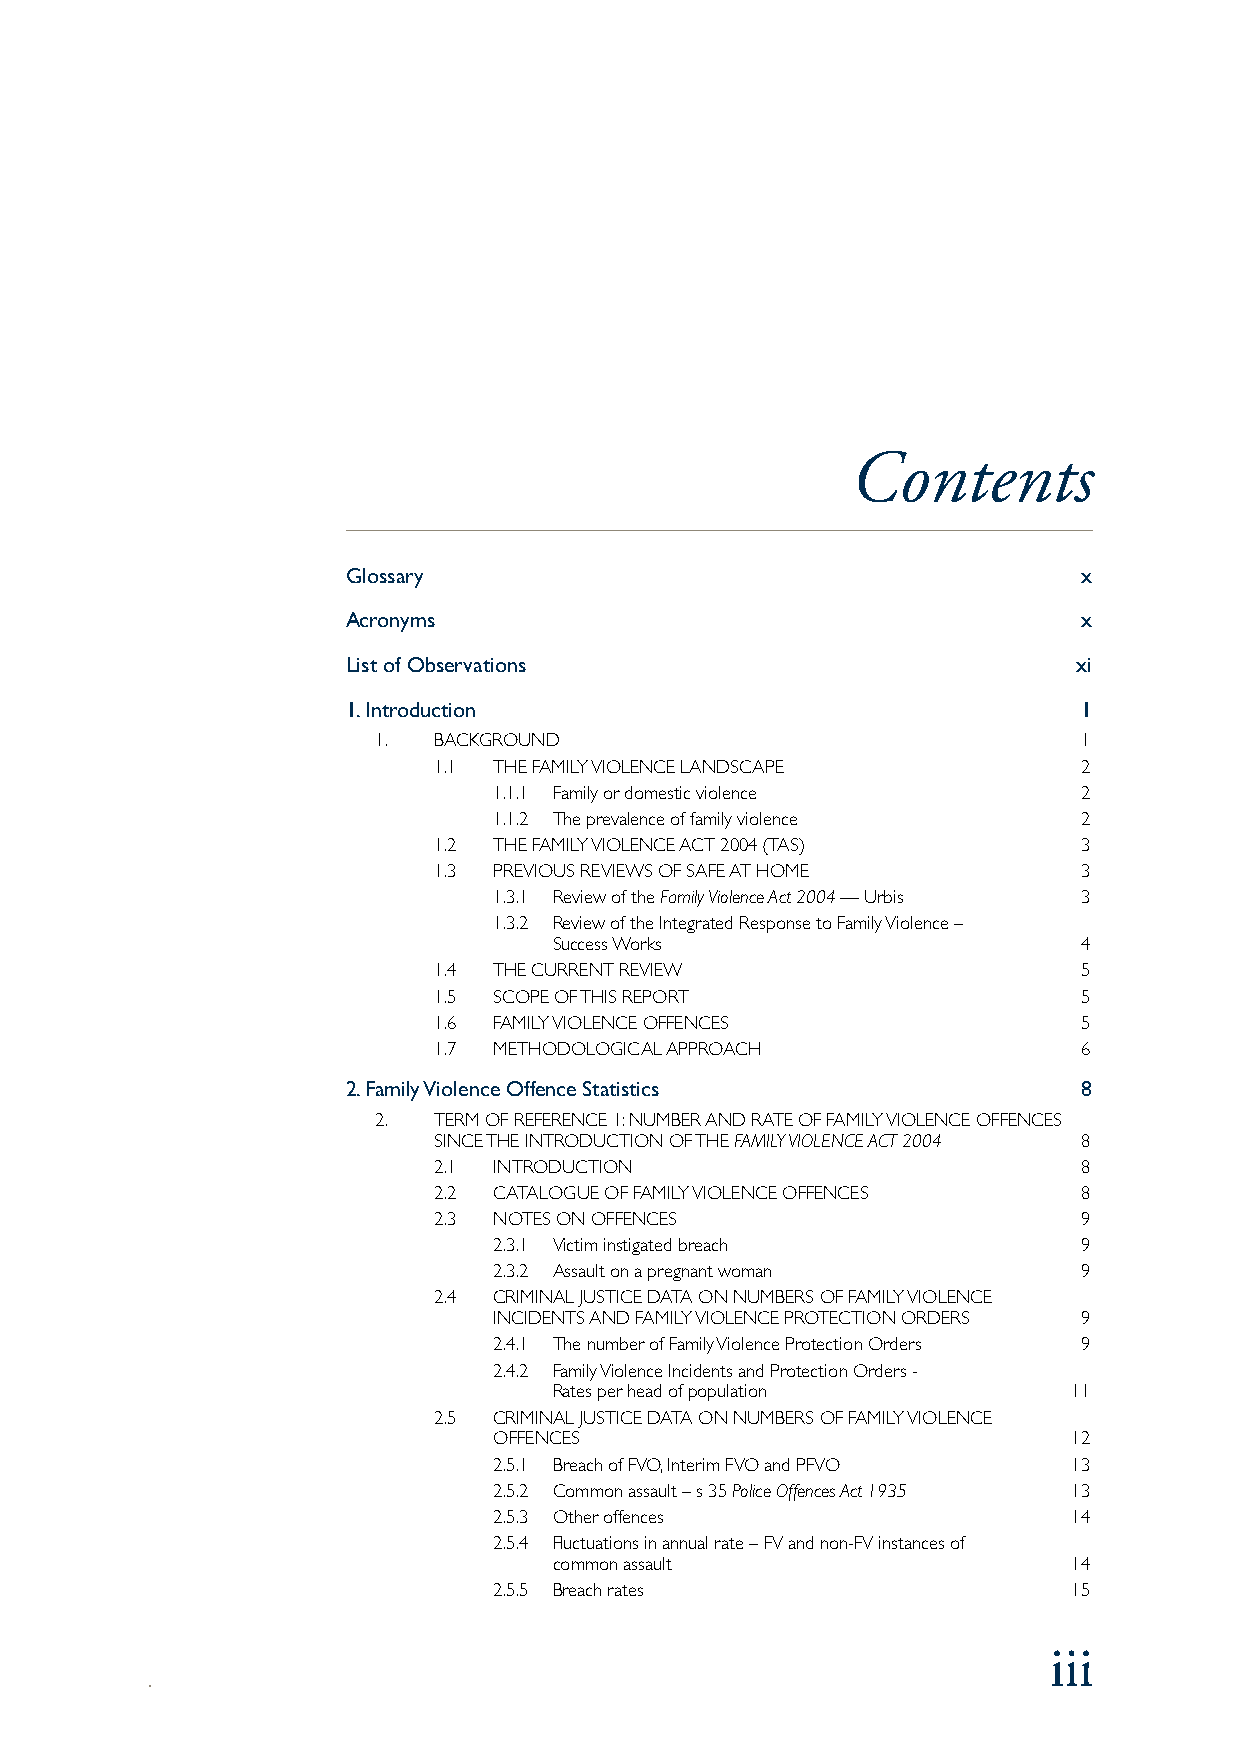
Contents
 Glossary                                         x
 Acronyms                                         x
 List of Observations                            xi
 1. Introduction                                  1
 1.  BACKGROUND                                1
 1.1 THE FAMILY VIOLENCE LANDSCAPE         2
 1.1.1 Family or domestic violence     2
 1.1.2 The prevalence of family violence 2
 1.2 THE FAMILY VIOLENCE ACT 2004 (TAS)    3
 1.3 PREVIOUS REVIEWS OF SAFE AT HOME      3
 1.3.1 Review of the Family Violence Act 2004 — Urbis 3
 1.3.2 Review of the Integrated Response to Family Violence –
 Success Works                     4
 1.4 THE CURRENT REVIEW                    5
 1.5 SCOPE OF THIS REPORT                  5
 1.6 FAMILY VIOLENCE OFFENCES              5
 1.7 METHODOLOGICAL APPROACH               6
 2. Family Violence Offence Statistics            8
 2.  TERM OF REFERENCE 1: NUMBER AND RATE OF FAMILY VIOLENCE OFFENCES
 SINCE THE INTRODUCTION OF THE FAMILY VIOLENCE ACT 2004 8
 2.1 INTRODUCTION                          8
 2.2 CATALOGUE OF FAMILY VIOLENCE OFFENCES 8
 2.3 NOTES ON OFFENCES                     9
 2.3.1 Victim instigated breach        9
 2.3.2 Assault on a pregnant woman     9
 2.4 CRIMINAL JUSTICE DATA ON NUMBERS OF FAMILY VIOLENCE
 INCIDENTS AND FAMILY VIOLENCE PROTECTION ORDERS 9
 2.4.1 The number of Family Violence Protection Orders 9
 2.4.2 Family Violence Incidents and Protection Orders -
 Rates per head of population      11
 2.5 CRIMINAL JUSTICE DATA ON NUMBERS OF FAMILY VIOLENCE
 OFFENCES                              12
 2.5.1 Breach of FVO, Interim FVO and PFVO 13
 2.5.2 Common assault – s 35 Police Offences Act 1935 13
 2.5.3 Other offences                  14
 2.5.4 Fluctuations in annual rate – FV and non-FV instances of
 common assault                    14
 2.5.5 Breach rates                    15
 iii
 .